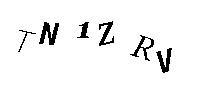
TN1ZRV